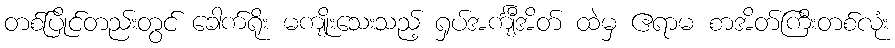
တစ်ပြိုင်တည်းတွင် ခေါက်ရိုး မကျိုးသေးသည့် ရှပ်အင်္ကျီအိတ် ထဲမှ ဧရာမ စာအိတ်ကြီးတစ်လုံး